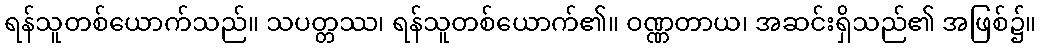
ရန်သူတစ်ယောက်သည်။ သပတ္တဿ၊ ရန်သူတစ်ယောက်၏။ ဝဏ္ဏတာယ၊ အဆင်းရှိသည်၏ အဖြစ်၌။